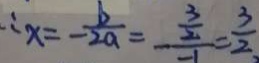
\therefore x = - \frac { b } { 2 a } = - \frac { \frac { 3 } { 2 } } { - 1 } = \frac { 3 } { 2 . }